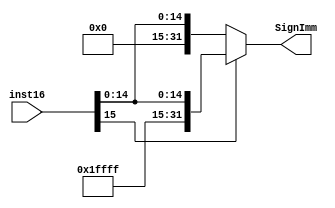
`timescale 1ns / 1ps

module signext(
    input [15:0] inst16,
    output [31:0] SignImm
    );
assign SignImm = inst16[15:15]?{16'hffff, inst16} : {16'h0000, inst16};

endmodule